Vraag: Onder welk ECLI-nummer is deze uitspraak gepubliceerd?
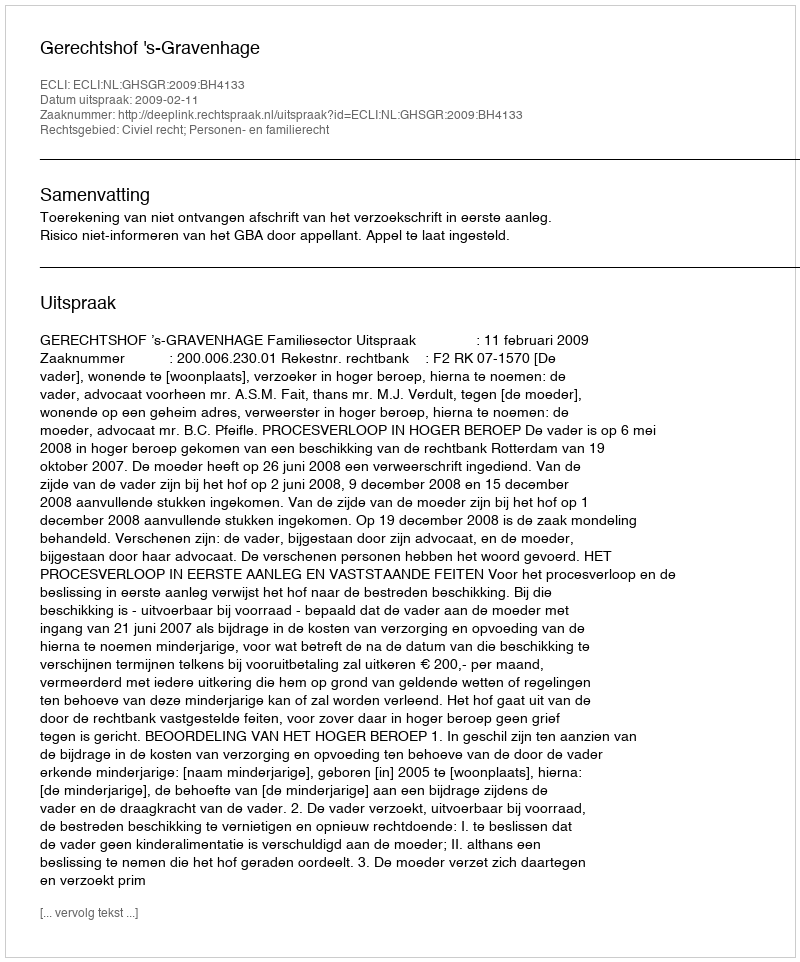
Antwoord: ECLI:NL:GHSGR:2009:BH4133